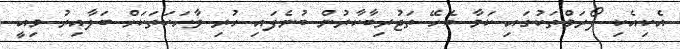
އެކިއެކި ފޯރަމްތަކުގައި ކަމާ ބެހޭ ތަޖުރިބާކާރުން ބުނެފައި ހުރި ވާހަކަތަކަށް ބަލާއިރު މިއީ